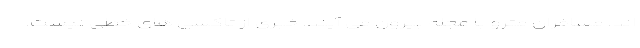
اند. مسافران مترو با عجله بیرون می آیند. خبری از تاکسی های خطی نیست.